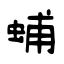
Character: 蜅